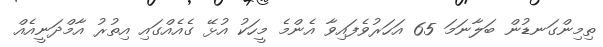
ތިމިންގަނޑުން ބަލާނަމަ 65 އަހަރުވެފައިވާ އެންމެ މީހަކު އުޅޭ ގެއެއްގައި އިތުރު އާމްދަނީއެއް